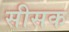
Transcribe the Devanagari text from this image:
सीसक